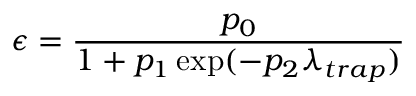
\epsilon = \frac { p _ { 0 } } { 1 + p _ { 1 } \exp ( - p _ { 2 } \lambda _ { t r a p } ) }